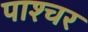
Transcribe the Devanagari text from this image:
पाश्‍चर